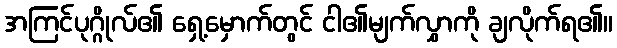
အကြင်ပုဂ္ဂိုလ်၏ ရှေ့မှောက်တွင် ငါ၏မျက်လွှာကို ချလိုက်ရ၏။